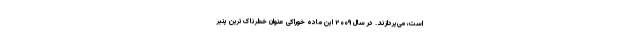
است، می‌پردازند. در سال ۲۰۰۹ این ماده خوراکی عنوان خطرناک‌ترین پنیر